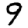
Digit: 9